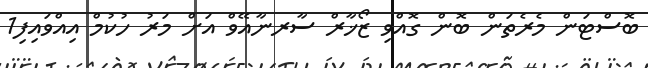
ބޮސްޓަން މެރެތަން ބޮން ގޮއްވި ޒޯޚާރް ސާރނާއޭވް އަށް މަރު ހުކުމް އިއްވައިފި1